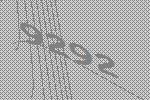
9292